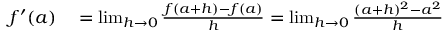
\begin{array} { r l } { f ^ { \prime } ( a ) } & { { } = \operatorname* { l i m } _ { h \to 0 } { \frac { f ( a + h ) - f ( a ) } { h } } = \operatorname* { l i m } _ { h \to 0 } { \frac { ( a + h ) ^ { 2 } - a ^ { 2 } } { h } } } \end{array}